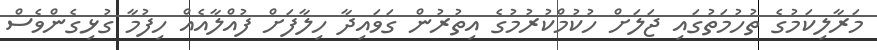
މަރާލިކަމުގެ ތުހުމަތުގައި ޖަލަށް ހުކުމްކުރުމުގެ އިތުރުން ގަވައިދާ ހިލާފަށް ފުއްލާއެއް ހިފުމާ ގުޅިގެންވެސް